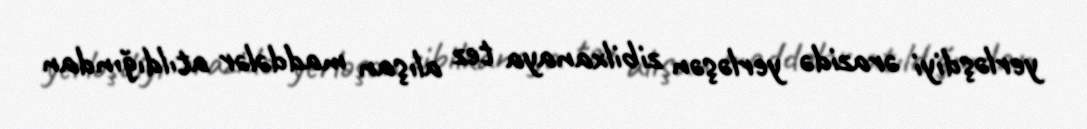
yerləşdiyi ərazidə yerləşən zibilxanaya tez alışan maddələr atıldığından